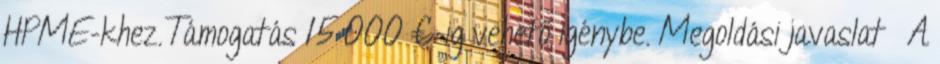
HPME-khez.Támogatás 15 000 €-ig vehető igénybe. Megoldási javaslat ▪A